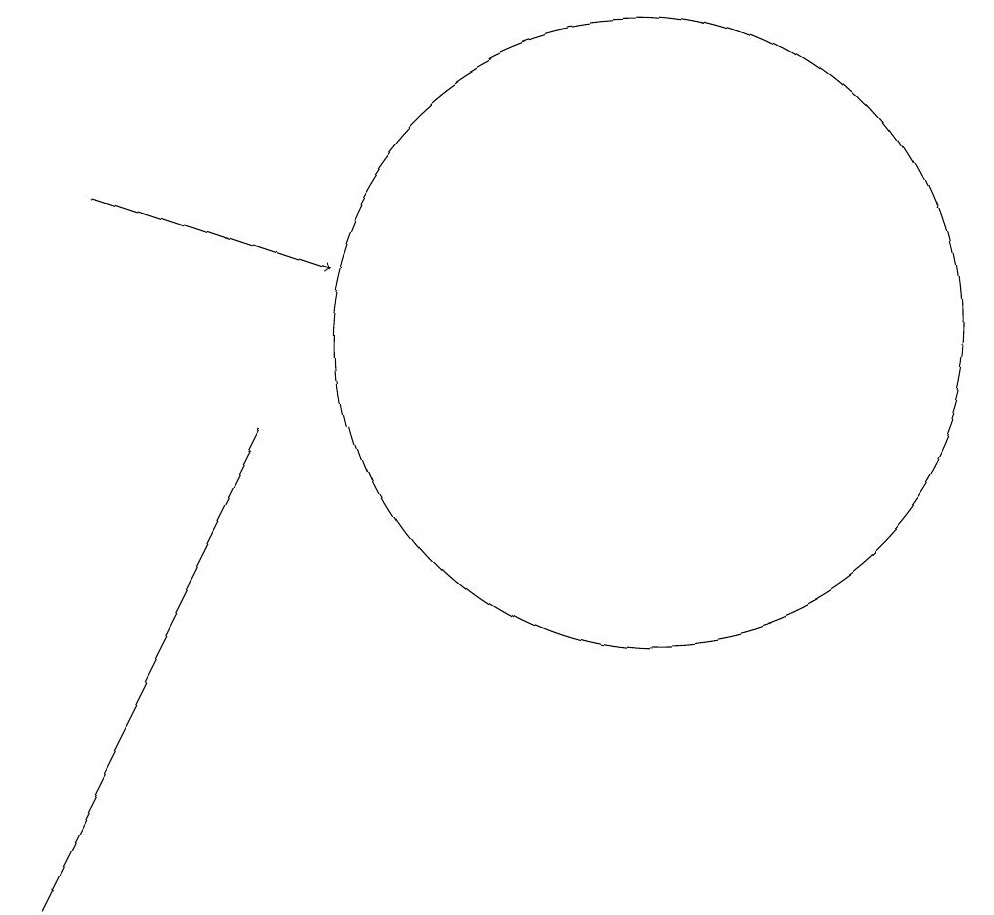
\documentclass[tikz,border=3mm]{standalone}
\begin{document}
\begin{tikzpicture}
\draw (10,10) circle (4);
\draw[->] (3,12) -- (6,11);
\draw (5,9) -- (2,3) -- (3,5) -- cycle;
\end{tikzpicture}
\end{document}